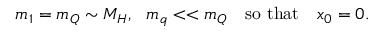
m _ { 1 } = m _ { Q } \sim M _ { H } , ~ ~ m _ { q } < < m _ { Q } ~ ~ ~ \mathrm { s o ~ t h a t } ~ ~ ~ x _ { 0 } = 0 .